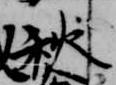
秋